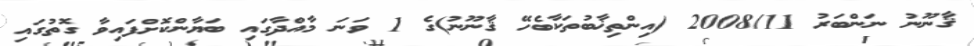
ޤާނޫނު ނަންބަރު 2008/11 (އިންތިޚާބުތަކާބެހޭ ޤާނޫނު)ގެ 1 ވަނަ މާއްދާގައި ބަޔާންކޮށްފައިވާ ގޮތުގައި